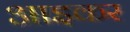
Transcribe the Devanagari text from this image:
आइकर